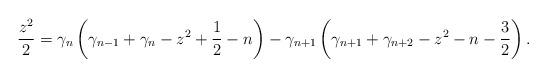
LaTeX: \begin{align*}\frac{z^{2}}{2}=\gamma_{n}\left( \gamma_{n-1}+\gamma_{n}-z^{2}+\frac{1}{2}-n\right) -\gamma_{n+1}\left( \gamma_{n+1}+\gamma_{n+2}-z^{2}-n-\frac{3}{2}\right) . \end{align*}